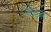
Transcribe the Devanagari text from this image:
जोडलं